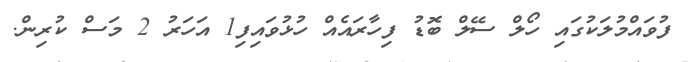
ފުވައްމުލަކުގައި ހޯލް ސޭލް ބޮޑު ފިހާރައެއް ހުޅުވައިފި1 އަހަރު 2 މަސް ކުރިން.